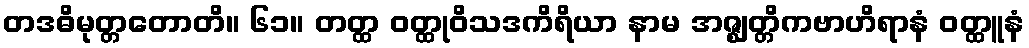
တဒဓိမုတ္တတောတိ။ ၆၁။ တတ္ထ ဝတ္ထုဝိသဒကိရိယာ နာမ အဇ္ဈတ္တိကဗာဟိရာနံ ဝတ္ထူနံ